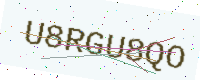
Text: U8RGU8QO